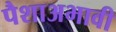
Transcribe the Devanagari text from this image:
पैशाअभावी